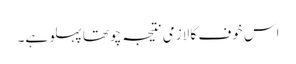
اس خوف کا لازمی نتیجہ چوتھا پہلو ہے۔